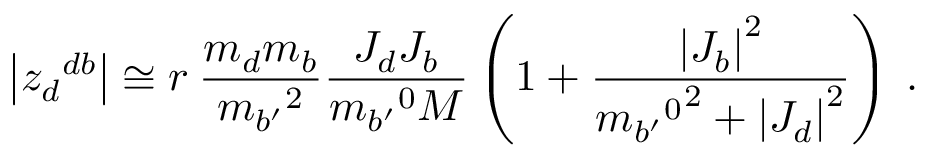
\left| { z _ { d } } ^ { d b } \right| \cong r \: \frac { m _ { d } m _ { b } } { { m _ { b ^ { \prime } } } ^ { 2 } } \frac { J _ { d } J _ { b } } { { m _ { b ^ { \prime } } } ^ { 0 } M } \left( 1 + \frac { \left| J _ { b } \right| ^ { 2 } } { { { m _ { b ^ { \prime } } } ^ { 0 } } ^ { 2 } + \left| J _ { d } \right| ^ { 2 } } \right) \: .